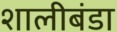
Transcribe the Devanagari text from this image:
शालीबंडा